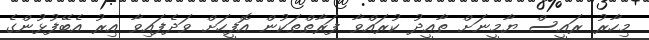
މިހާރު ރައީސް ޔާމީނަށް ތާއީދު ކުރައްވާ ފަރާތްތަކުން އޮފީހަށް ވަދެފައިވާ އިރު އެބޭފުޅުންގެ